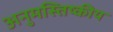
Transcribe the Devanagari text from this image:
अनुमस्तिष्‍कीय